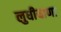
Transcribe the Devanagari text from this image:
लुधीयाणा